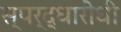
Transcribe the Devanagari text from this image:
स्पर्द्धारोधी